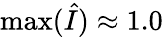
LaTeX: \mathrm{max}(\hat{I})\approx 1.0